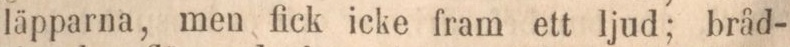
läpparna, men fick icke fram ett ljud; bråd-